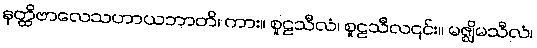
နတ္ထိဗာလေသဟာယဘာတိ၊ ကား။ စူဠသီလံ၊ စူဠသီလ၎င်း။ မဇ္ဈိမသီလံ၊